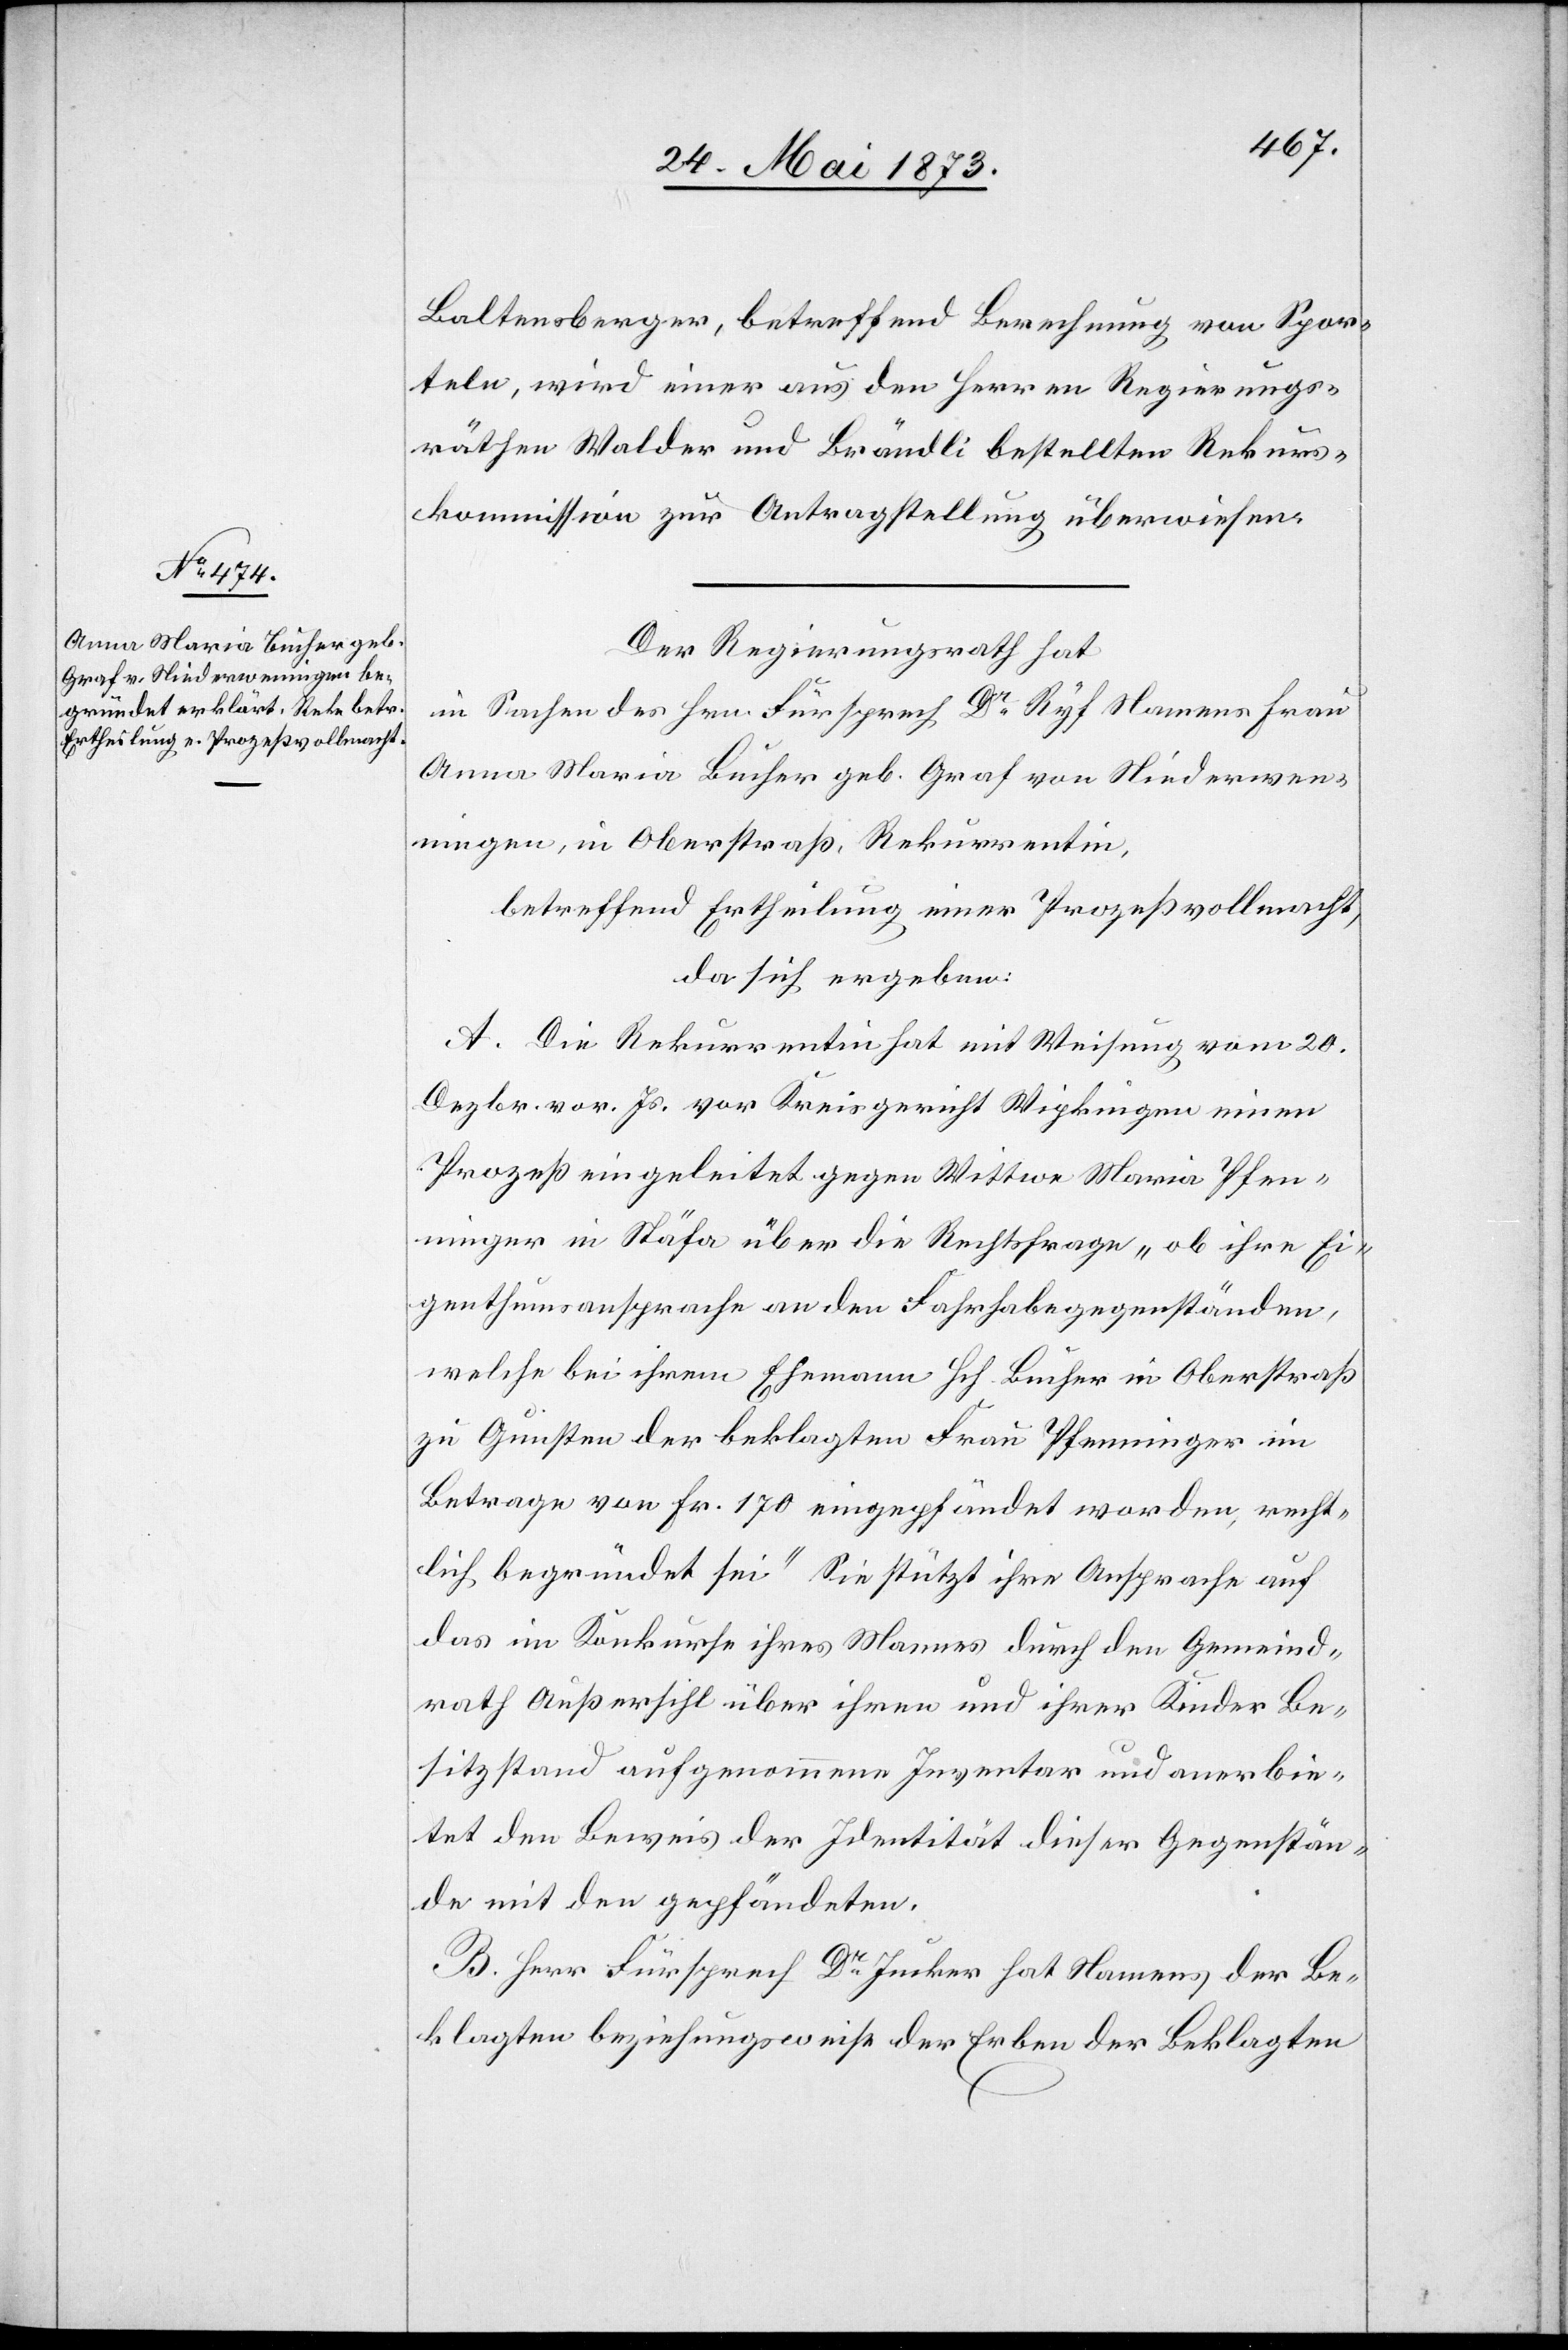
Baltensberger, betreffend Berechnung von Spor¬
teln, wird einer aus den Herren Regierungs¬
räthen Walder und Brändli bestellten Rekurs¬
kommission zur Antragstellung überwiesen.
Der Regierungsrath hat
in Sachen des Hrn. Fürsprech Dr Ryf Namens Frau
Anna Maria Bucher geb. Graf von Niederwen¬
ingen, in Oberstraß, Rekurrentin,
betreffend Ertheilung einer Prozeßvollmacht,
da sich ergeben:
A. Die Rekurrentin hat mit Weisung vom 20.
Dezbr. vor. Js. vor Kreisgericht Wipkingen einen
Prozeß eingeleitet gegen Wittwe Maria Pfen¬
ninger in Stäfa über die Rechtsfrage „ob ihre Ei¬
genthumsansprache an den Fahrhabegegenständen,
welche bei ihrem Ehemann Hch. Bucher in Oberstraß
zu Gunsten der beklagten Frau Pfenninger im
Betrage von Fr. 170 eingepfändet worden, recht¬
lich begründet sei.“ Sie stützt ihre Ansprache auf
das im Konkurse ihres Mannes durch den Gemeind¬
rath Außersihl über ihren und ihrer Kinder Be¬
sitzstand aufgenommenen Inventar und anerbie¬
tet den Beweis der Identität dieser Gegenstän¬
de mit den gepfändeten.
B. Herr Fürsprech Dr Jucker hat Namens der Be¬
klagten beziehungsweise der Erben der Beklagten